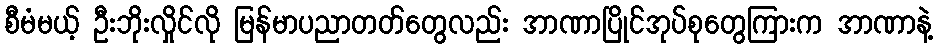
စီမံမယ့် ဦးဘိုးလှိုင်လို မြန်မာပညာတတ်တွေလည်း အာဏာပြိုင်အုပ်စုတွေကြားက အာဏာနဲ့